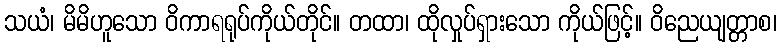
သယံ၊ မိမိဟူသော ဝိကာရရုပ်ကိုယ်တိုင်။ တထာ၊ ထိုလှုပ်ရှားသော ကိုယ်ဖြင့်။ ဝိညေယျတ္တာစ၊